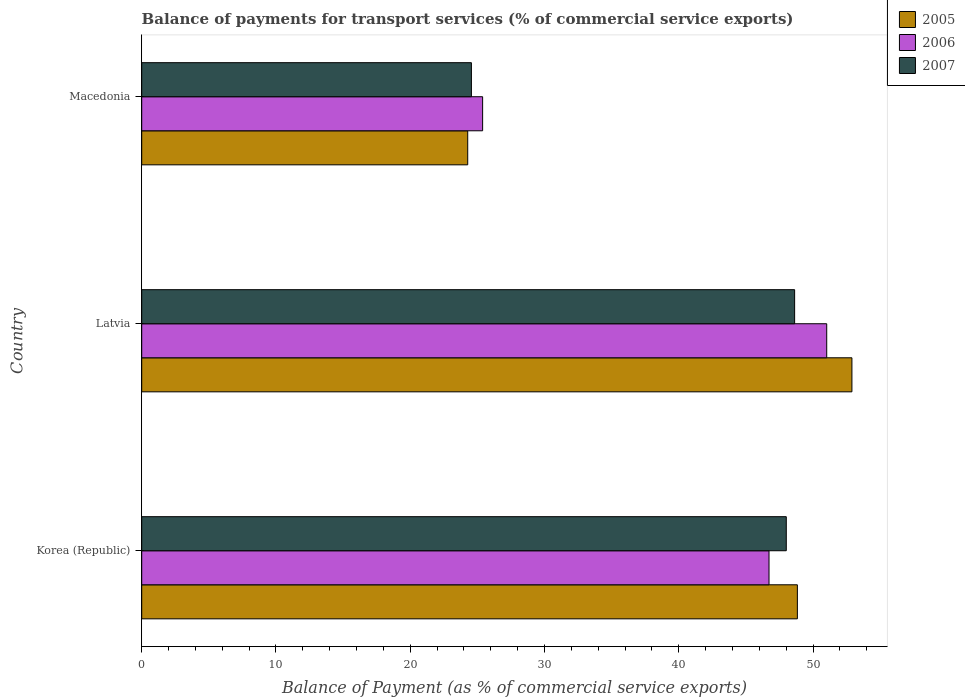
| Country | 2005 | 2006 | 2007 |
 | --- | --- | --- | --- |
 | Korea (Republic) | 48.8 | 46.7 | 48 |
 | Latvia | 52.9 | 51 | 48.6 |
 | Macedonia | 24.3 | 25.4 | 24.6 |